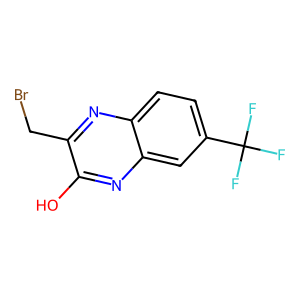
SMILES: Oc1nc2cc(C(F)(F)F)ccc2nc1CBr
Inhibits HIV replication: No